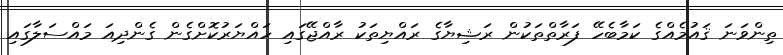
ތިންވަނަ ޤައުމެއްގެ ކަމާބެހޭ ފަރާތްތަކުން ރަޝިޔާގެ ރައްޔިތަކު ރާއްޖޭގައި ހައްޔަރުކޮށްގެން ގެންދިއަ މައްސަލާގައި